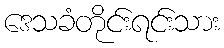
ဒေသခံတိုင်းရင်းသား